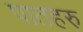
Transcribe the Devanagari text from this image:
पातहरु